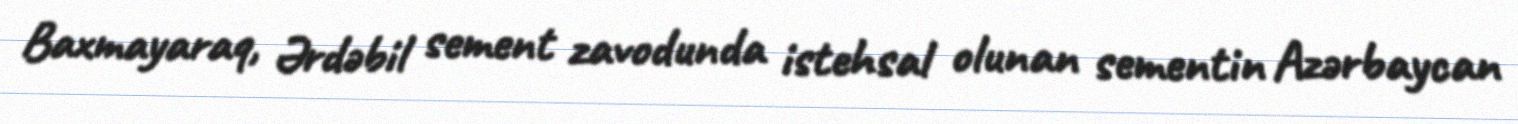
Baxmayaraq, Ərdəbil sement zavodunda istehsal olunan sementin Azərbaycan